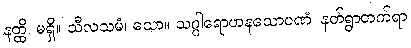
နတ္ထိ၊ မရှိ။ သီလသမံ၊ သော။ သဂ္ဂါရောဟနသောပဏံ၊ နတ်ရွာတက်ရာ